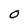
Character: O